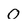
Character: O